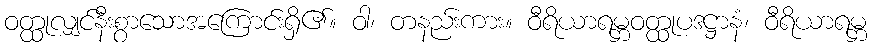
ဝတ္ထုလျှင်နီးစွာသောအကြောင်းရှိ၏။ ဝါ၊ တနည်းကား။ ဝီရိယာရမ္ဘဝတ္ထုပဒဋ္ဌာနံ၊ ဝီရိယာရမ္ဘ